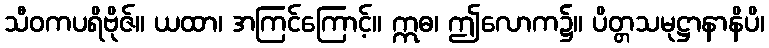
သီဝကပရိဗိုဇ်။ ယထာ၊ အကြင်ကြောင့်။ ဣဓ၊ ဤလောက၌။ ပိတ္တသမုဋ္ဌာနာနိပိ၊